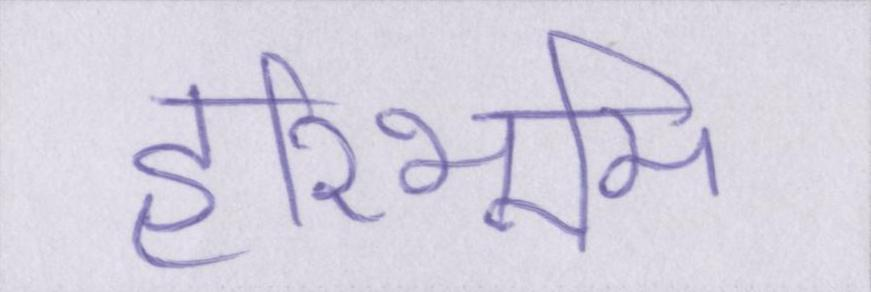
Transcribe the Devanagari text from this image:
हरिभूमि